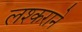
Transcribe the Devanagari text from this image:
लश्कराने